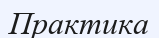
Практика